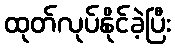
ထုတ်လုပ်နိုင်ခဲ့ပြီး